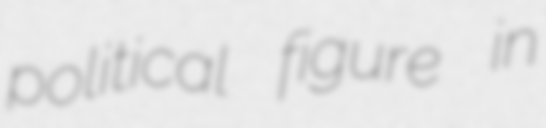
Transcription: political figure in